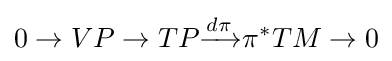
0\to VP\to TP{\xrightarrow {d\pi }}\pi ^{*}TM\to 0